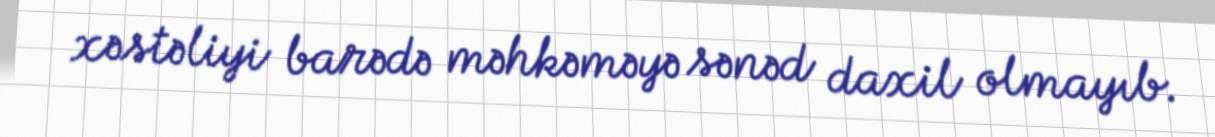
xəstəliyi barədə məhkəməyə sənəd daxil olmayıb.